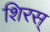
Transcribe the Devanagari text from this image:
शिरस्